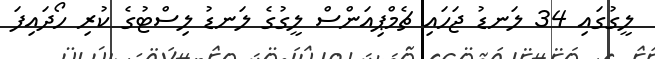
ލީގުގައި 34 ލަނޑު ޖަހައި ޗެމްޕިއަންސް ލީގުގެ ލަނޑު ލިސްޓުގެ ކުރި ހޯދައިފަ